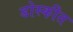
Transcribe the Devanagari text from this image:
डोस्कीत